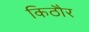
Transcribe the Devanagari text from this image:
किठौर